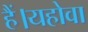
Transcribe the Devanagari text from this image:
हैं।यहोवा